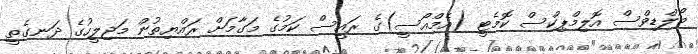
މޯލްޑިވްސް އޮލިމްޕިކްސް ކޮމެޓީ (އެމްއޯސީ)ގެ ރައީސް ކަމުގެ މަގާމަށް ރައްޔިތުން މަޖިލީހުގެ ދަނގެތީ